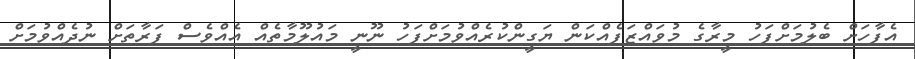
އެފާހަށް ބެލުމަށްފަހު މީރާގެ މުވައްޒަފެއްކަން ޔަގީންކުރެއްވުމަށްފަހު ނޫނީ މައުލޫމާތެއް އެއްވެސް ފަރާތަށް ނުދެއްވުމަށް